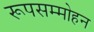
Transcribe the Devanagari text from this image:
रूपसम्मोहन